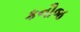
કનૌજ